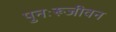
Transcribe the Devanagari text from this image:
पुनःरूजीवन